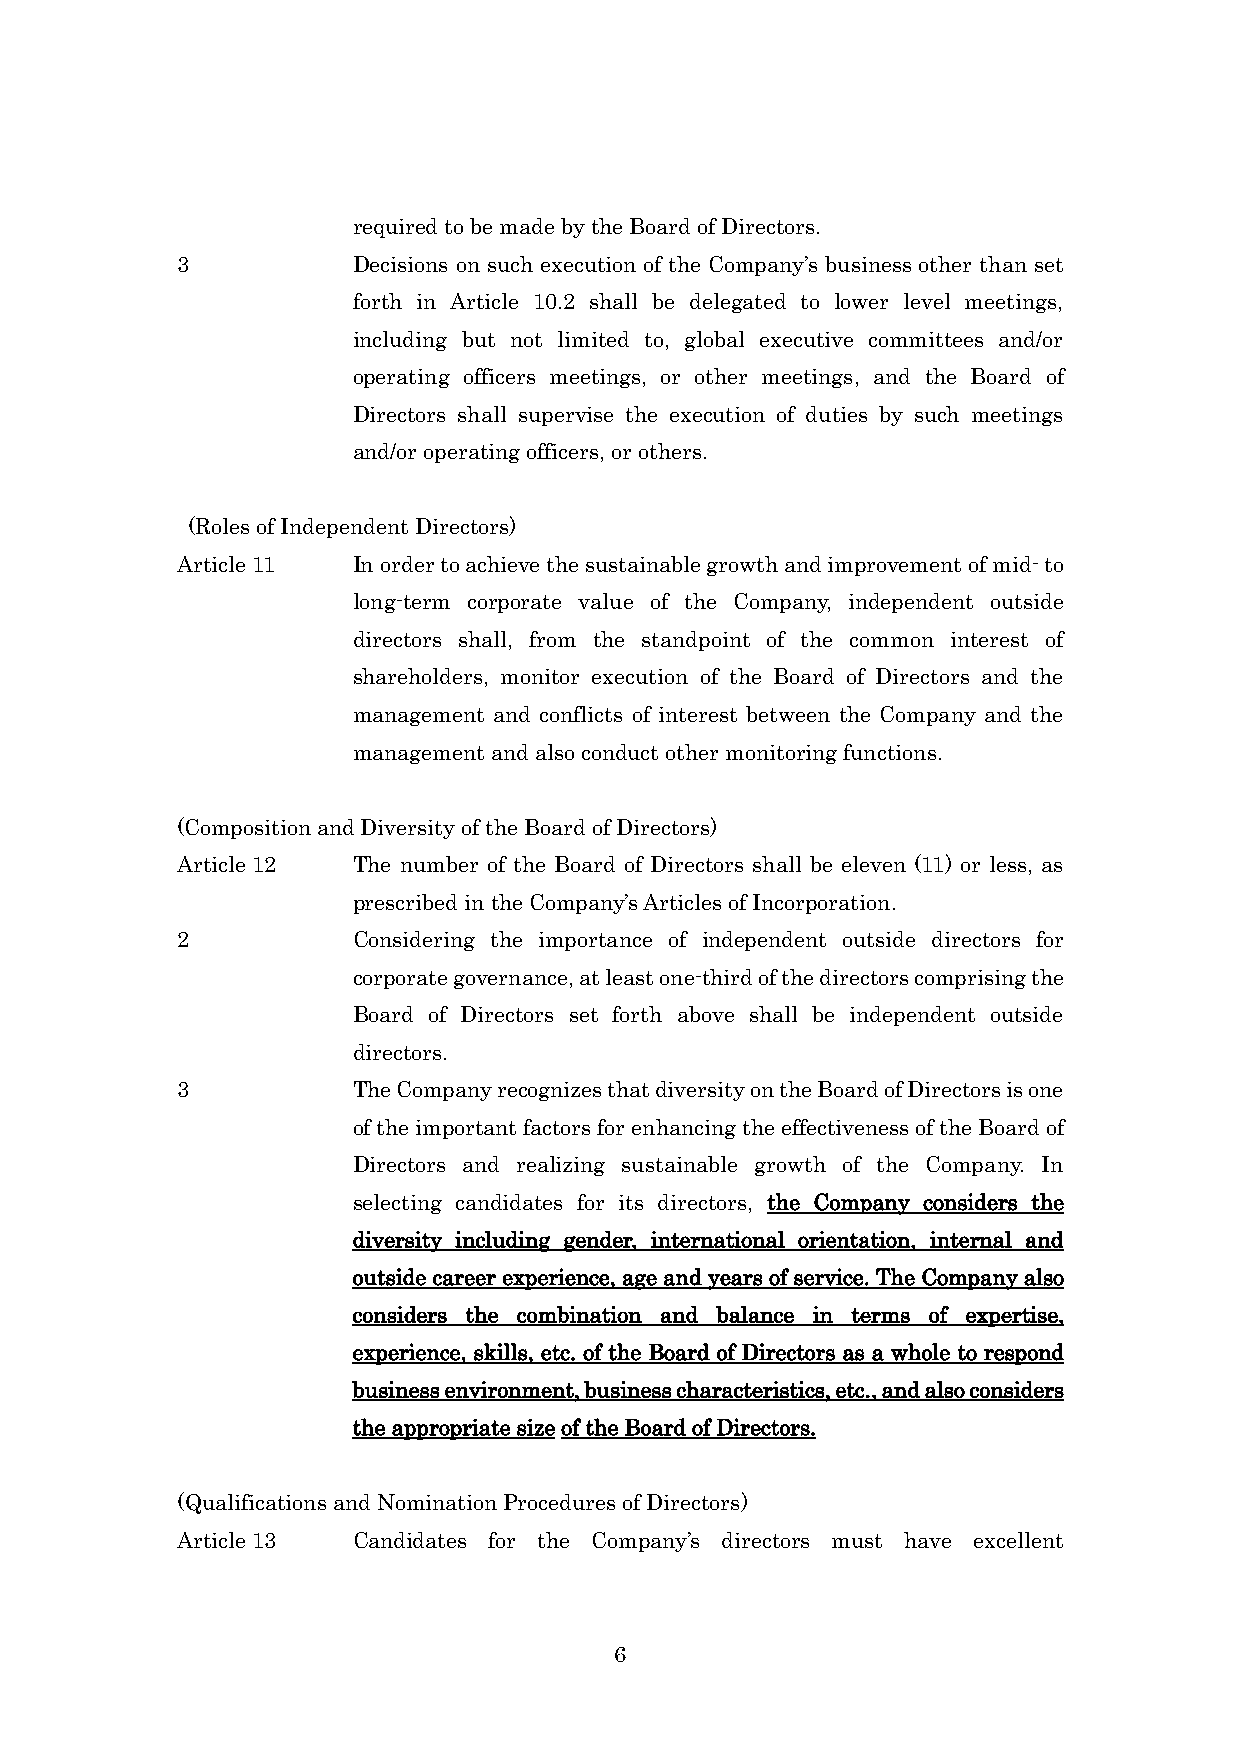
required to be made by the Board of Directors.
 3          Decisions on such execution of the Company’s business other than set
 forth in Article 10.2 shall be delegated to lower level meetings,
 including but not limited to, global executive committees and/or
 operating officers meetings, or other meetings, and the Board of
 Directors shall supervise the execution of duties by such meetings
 and/or operating officers, or others.
 (Roles of Independent Directors)
 Article 11 In order to achieve the sustainable growth and improvement of mid- to
 long-term corporate value of the Company, independent outside
 directors shall, from the standpoint of the common interest of
 shareholders, monitor execution of the Board of Directors and the
 management and conflicts of interest between the Company and the
 management and also conduct other monitoring functions.
 (Composition and Diversity of the Board of Directors)
 Article 12 The number of the Board of Directors shall be eleven (11) or less, as
 prescribed in the Company’s Articles of Incorporation.
 2          Considering the importance of independent outside directors for
 corporate governance, at least one-third of the directors comprising the
 Board of Directors set forth above shall be independent outside
 directors.
 3          The Company recognizes that diversity on the Board of Directors is one
 of the important factors for enhancing the effectiveness of the Board of
 Directors and realizing sustainable growth of the Company. In
 selecting candidates for its directors, the Company considers the
 diversity including gender, international orientation, internal and
 outside career experience, age and years of service. The Company also
 considers the combination and balance in terms of expertise,
 experience, skills, etc. of the Board of Directors as a whole to respond
 business environment, business characteristics, etc., and also considers
 the appropriate size of the Board of Directors.
 (Qualifications and Nomination Procedures of Directors)
 Article 13 Candidates for the Company’s directors must have excellent
 6